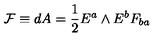
{ \cal F } \equiv d A = { \frac { 1 } { 2 } } E ^ { a } \wedge E ^ { b } F _ { b a }